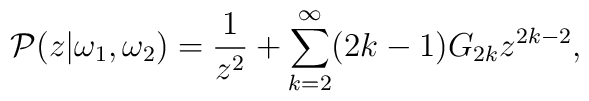
{\cal P}(z|\omega_{1},\omega_{2})=\frac{1}{z^{2}}+\sum_{k=2}^{\infty} (2k-1)G_{2k} z^{2k-2},